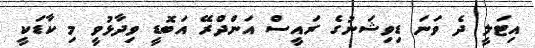
އިޓަލީ ދެ ވަނަ ޑިިވިޝަނުގެ ރައީސް އަންދްރޭ އަބޮޑީ ވިދާޅުވީ މި ކާޑަކީ